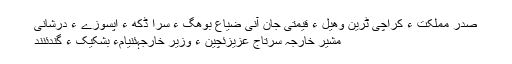
صدر مملکت ءِ کراچی ٹرین وھیل ءَ قیمتی جان آنی ضیاع بوھگ ءِ سرا ڈکھ ءُُ اپسوزے ءِ درشانی
مشیر خارجہ سرتاج عزیزئُُچین ءِ وزیر خارجہئِنیامءَ بشکیک ءَ گندئُُنند